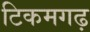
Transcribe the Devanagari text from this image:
टिकमगढ़